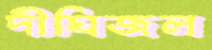
দীঘিজল